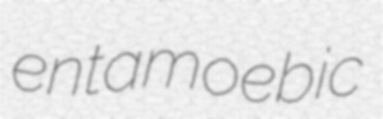
entamoebic